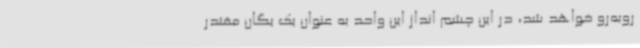
روبه‌رو خواهد شد، در این چشم انداز این واحد به عنوان یک یگان مقتدر